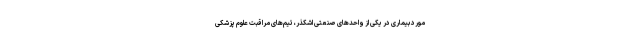
مورد بیماری در یکی از واحد‌های صنعتی اشکذر، تیم‌های مراقبت علوم پزشکی